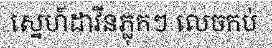
ស្នេហ៍ដាវីនភ្លុកៗ លេចកប់